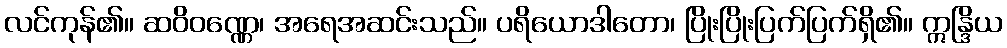
လင်ကုန်၏။ ဆဝိဝဏ္ဏေ၊ အရေအဆင်းသည်။ ပရိယောဒါတော၊ ပြိုးပြိုးပြက်ပြက်ရှိ၏။ ဣန္ဒြိယ